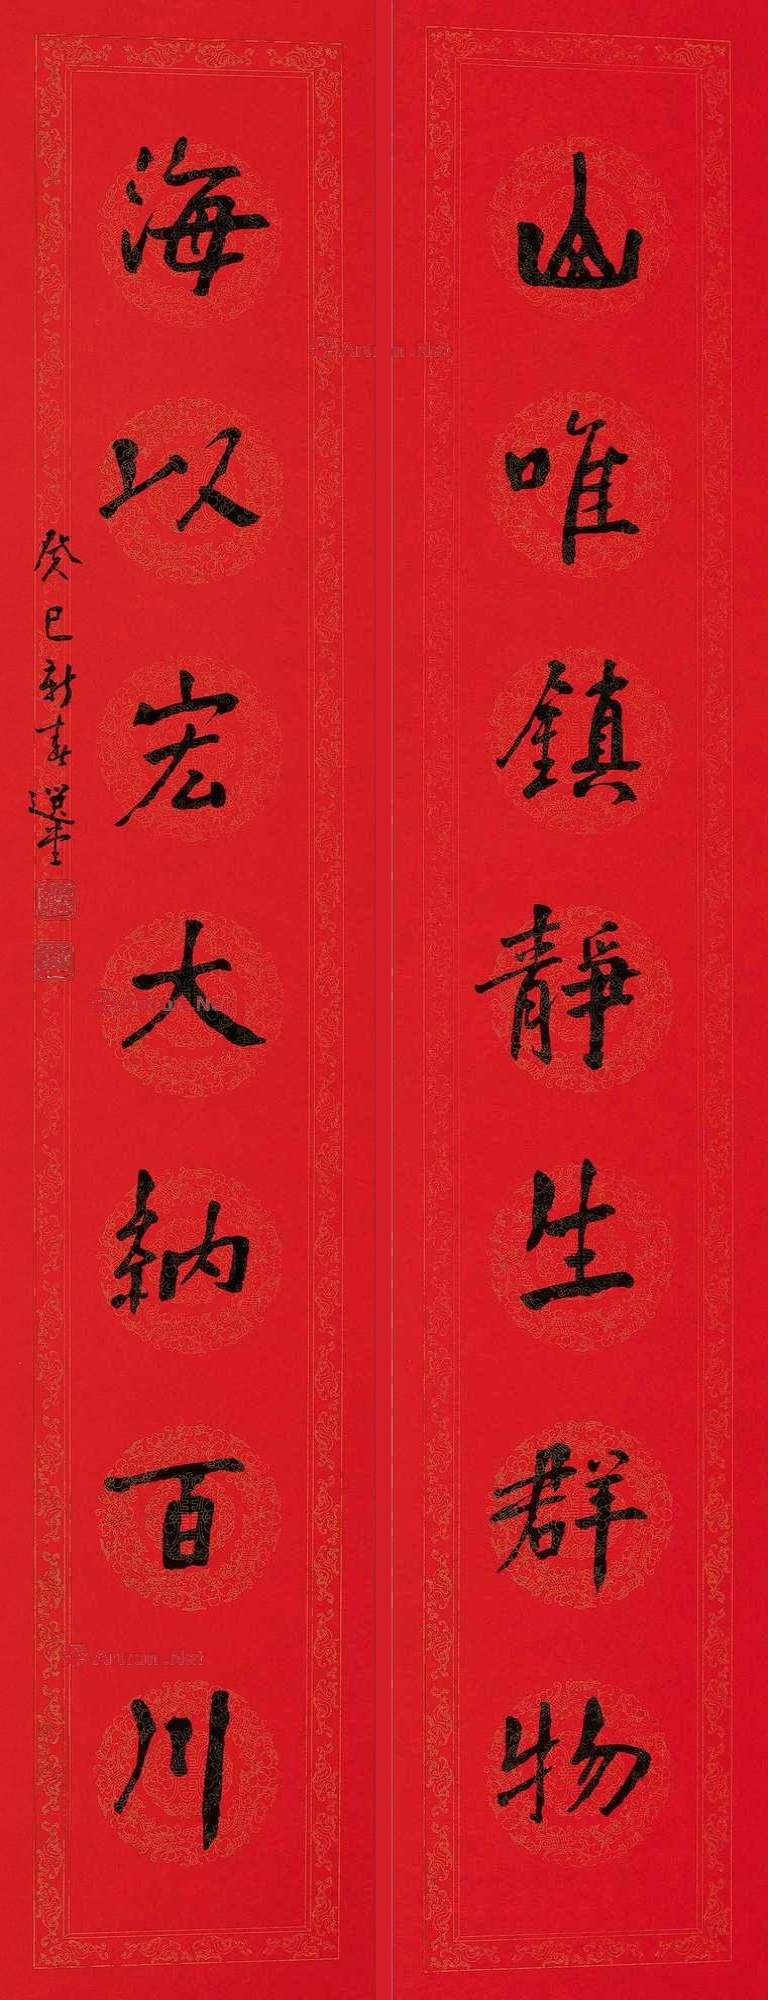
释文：山为镇静生群物，海以宏大纳百川。癸巳（2013年）新春，选堂。